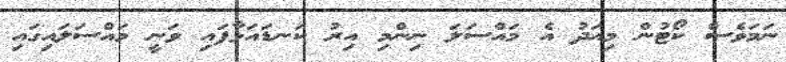
ނަމަވެސް ކޯޓުން މިއަދު އެ މައްސަލަ ނިންމި އިރު ކަނޑައަޅާފައި ވަނީ މައްސަލައިގައި